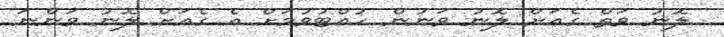
ލޮނު ވަތް ގެއަށް ލޮނު ވަނުން ހުއްޓުވުމަށް އެ ގެއަށް ލޮނު ވަންނަ